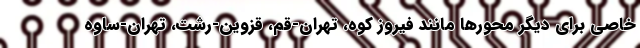
خاصی برای دیگر محورها مانند فیروز کوه، تهران-قم، قزوین-رشت، تهران-ساوه